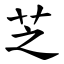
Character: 芝